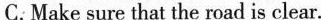
C. Make sure that the road is clear.